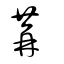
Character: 冓